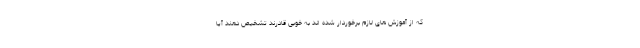
که از آموزش های لازم برخوردار شده اند به خوبی قادرند تشخیص دهند آیا